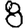
Digit: 8